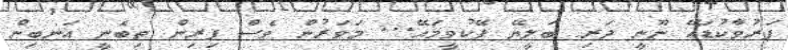
ފަރުވާކުޑައޭ ނޫނީ ދަރި ބަލީޔޭ ފޭކުވީމައޭ... މަވަރުން ވެސް ފިރިން ތިބެނީ އަނބިން